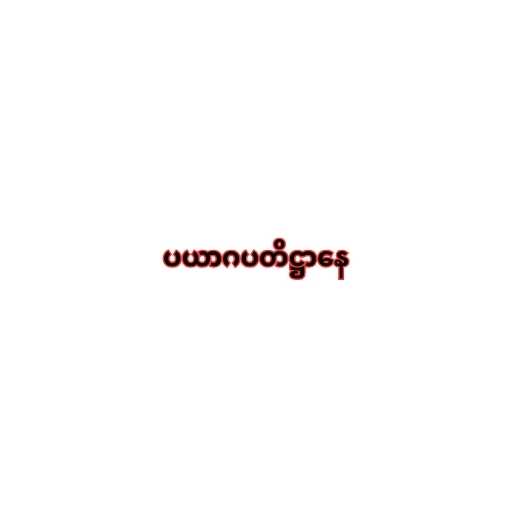
ပယာဂပတိဋ္ဌာနေ